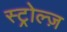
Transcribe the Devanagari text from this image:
स्ट्रोल्ज़